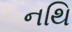
નથિ